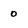
Character: 0